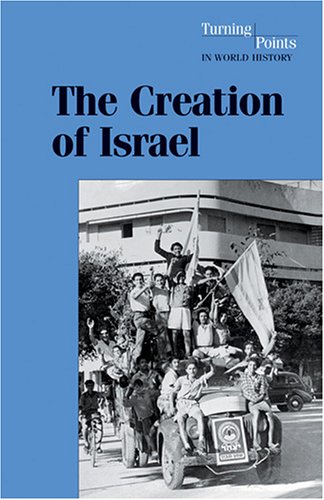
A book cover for Turning Points in World History - The Creation of Israel (hardcover edition); Teen & Young Adult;